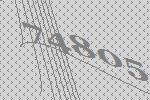
74805